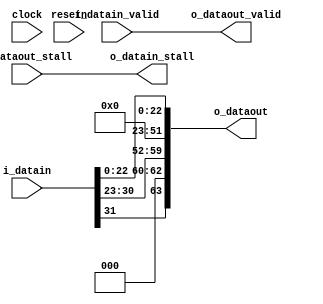
module vfabric_fpextend(clock, resetn, 
    i_datain, i_datain_valid, o_datain_stall, 
    o_dataout, i_dataout_stall, o_dataout_valid);

parameter DATAIN_WIDTH = 32;
parameter DATAOUT_WIDTH = 64;

  input clock, resetn;
  input [DATAIN_WIDTH-1:0] i_datain;
  input i_datain_valid;
  output o_datain_stall;
  output [DATAOUT_WIDTH-1:0] o_dataout;
  input i_dataout_stall;
  output o_dataout_valid;
  
  assign o_dataout = {i_datain[DATAIN_WIDTH-1], 3'b0, i_datain[30:23], 29'b0, i_datain[22:0]};
  assign o_datain_stall = i_dataout_stall;
  assign o_dataout_valid = i_datain_valid;
 
endmodule